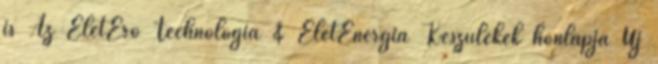
is Az ÉletErő Technológia & ÉletEnergia Készülékek honlapja Új